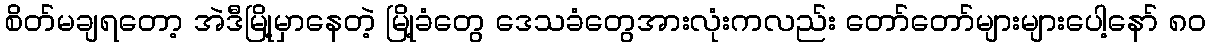
စိတ်မချရတော့ အဲဒီမြို့မှာနေတဲ့ မြို့ခံတွေ ဒေသခံတွေအားလုံးကလည်း တော်တော်များများပေါ့နော် ၈၀